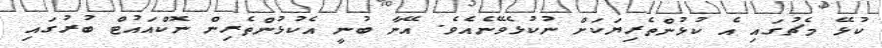
ކުޅޭ މެޗުގައި އެ ކުޅުންތެރިޔަކަށް ނުކުޅެވޭނެއެވެ. އޭނާ ބުނީ އެކުޅުންތެރިން ނޮކްއައުޓް ބުރުގައި